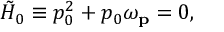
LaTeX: \tilde { { \cal H } } _ { 0 } \equiv p _ { 0 } ^ { 2 } + p _ { 0 } \omega _ { \bf \small p } = 0 ,